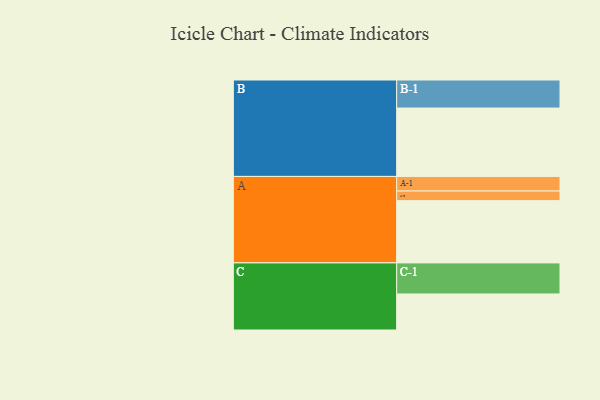
{"axis": {"x": "Segment", "y": "Value"}, "legend": ["", "A", "B", "C"], "data": [{"x": "A", "y": 537, "type": ""}, {"x": "B", "y": 590, "type": ""}, {"x": "C", "y": 311, "type": ""}, {"x": "A-1", "y": 126, "type": "A"}, {"x": "A-2", "y": 83, "type": "A"}, {"x": "B-1", "y": 242, "type": "B"}, {"x": "C-1", "y": 268, "type": "C"}]}